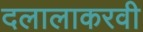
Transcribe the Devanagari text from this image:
दलालाकरवी